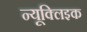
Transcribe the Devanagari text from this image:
न्यूक्‍लिइक